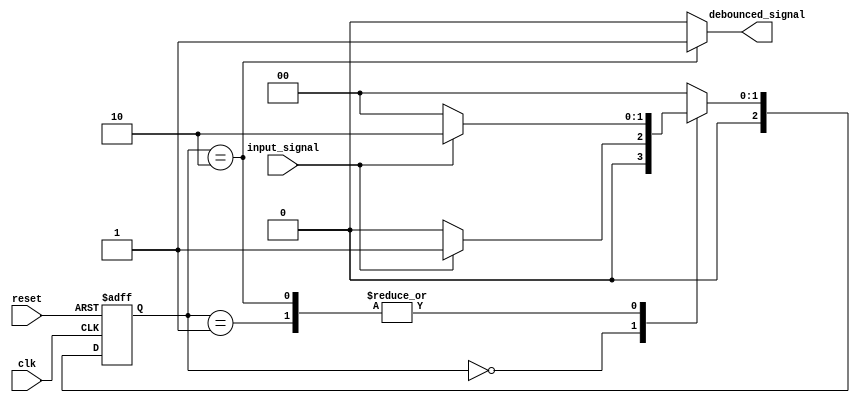
module debounce(
    input wire clk,           // Clock input
    input wire reset,         // Reset input
    input wire input_signal,  // Input signal to be debounced
    output reg debounced_signal // Debounced output signal
    );

reg [2:0] state;
reg [2:0] next_state;

parameter DEBOUNCE_TIME = 3; // Adjust debounce time based on requirements

always @(posedge clk or posedge reset) begin
    if (reset) begin
        state <= 3'b000;
    end else begin
        state <= next_state;
    end
end

always @* begin
    case(state)
        3'b000: begin // Initial state
            if (input_signal) begin
                next_state = 3'b001;
            end else begin
                next_state = 3'b000;
            end
        end
        3'b001: begin // Debouncing state
            if (input_signal) begin
                next_state = 3'b010;
            end else begin
                next_state = 3'b000;
            end
        end
        3'b010: begin // Debounced state
            if (input_signal) begin
                next_state = 3'b010;
            end else begin
                next_state = 3'b000;
            end
        end
        default: next_state = 3'b000;
    endcase
end

always @* begin
    if (state == 3'b010) begin
        debounced_signal = 1;
    end else begin
        debounced_signal = 0;
    end
end

endmodule